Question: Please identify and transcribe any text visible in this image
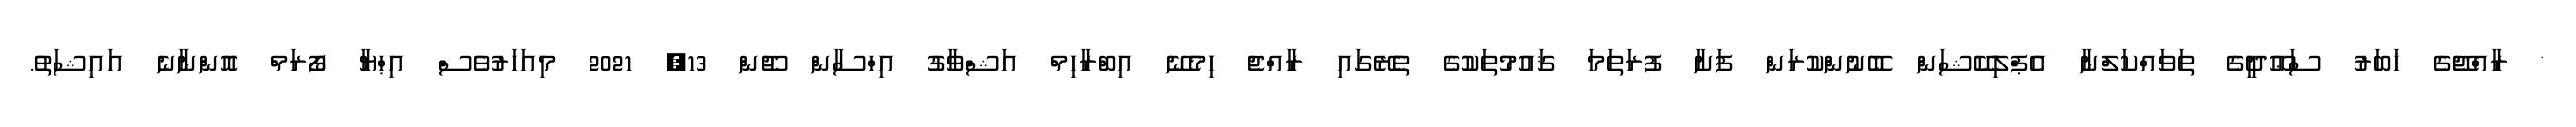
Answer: * ރާއްޖޭގެ ޚަބަރު ސަޢޫދީގެ ތަވައްކަލްނާ އެޕްލިކޭޝަން ބޭނުންކުރަން ފަށާ ފުރަތަމަ ޤައުމުތަކުގެ ތެރޭގައި ރާއްޖެ ހިމެނޭ އިބްރާހިމް އަޝްވާގު އިހްސާން ޖޫން 13, 2021 މިއަހަރުވެސް އިޙްޔާ ފޯރަމް އޮންނާނެ އައިޝަތު.